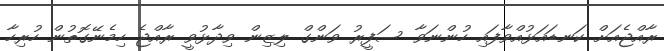
ރާއްޖެއަށް ކަނޑައަޅުއްވާފައި ހުންނަވާ ސަފީރު ވަންގް ލިޒިން ވިދާޅުވީ ރާއްޖެ ހިމެނޭގޮތުން ހުރިހާ